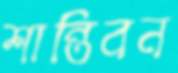
শান্তিবন